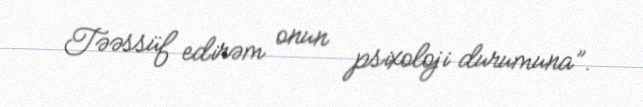
Təəssüf edirəm onun psixoloji durumuna”.